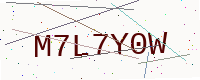
Text: M7L7Y0W